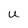
Character: U